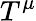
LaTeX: T^{\mu}